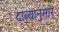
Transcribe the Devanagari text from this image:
दाव्यानुसार